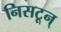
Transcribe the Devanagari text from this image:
निसटून्